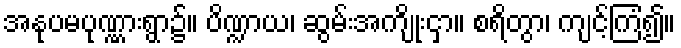
အနုပမပုဏ္ဏားရွာ၌။ ပိဏ္ဍာယ၊ ဆွမ်းအကျိုးငှာ။ စရိတွာ၊ ကျင့်ကြံ၍။